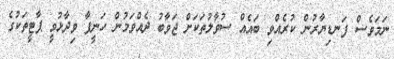
ނަމަވެސް ފަނޑިޔާރުން ކުރެއްވި ބައެއް ސުވާލުތަކަށް ޖަވާބު ދެއްވަމުން ހަނީފާ ވިދާޅުވީ ޕާޓީތަކުގެ